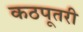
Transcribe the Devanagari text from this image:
कठपूतरी